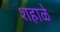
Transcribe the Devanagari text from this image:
शहाळे